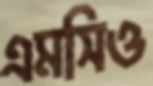
এমসিও